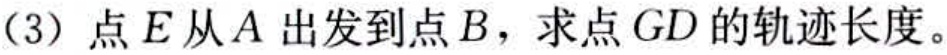
(3) 点 \(E\) 从 \(A\) 出发到点 \(B\)，求点 \(GD\) 的轨迹长度。